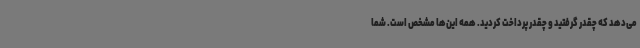
می‌دهد که چقدر گرفتید و چقدر پرداخت کردید. همه این‌ها مشخص است. شما